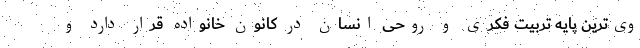
وی‌ترین پایه تربیت فکری و روحی انسان در کانون خانواده قرار دارد و